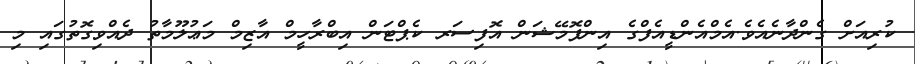
ކުރިއަށް ގެންދާނެއެވެ.އެމްއެންޑީއެފްގެ އިންފޮމޭޝަން އޮފިސަރ ކެޕްޓަން އިބްރާހީމް އާޒިމް މަޢުލޫމާތު ދެއްވިގޮތުގައި މި